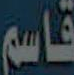
قاسم